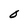
Character: 0